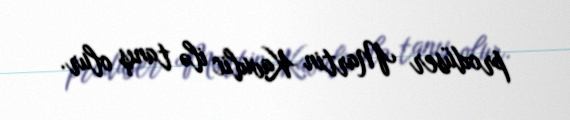
prodüser Martin Kavulic ilə tanış olur.